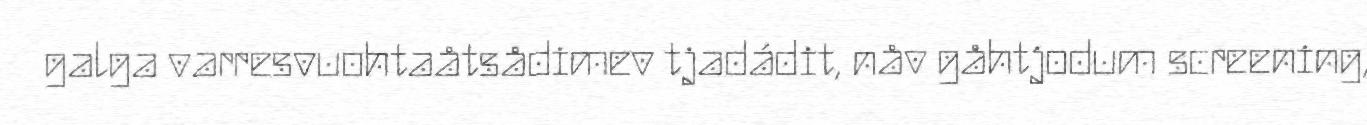
galga varresvuohtaåtsådimev tjadádit, nåv gåhtjodum screening,